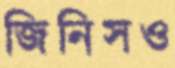
জিনিসও